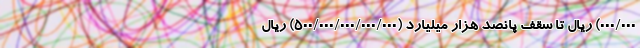
۰۰۰/۰۰۰) ریال تا سقف پانصد هزار میلیارد (۵۰۰/۰۰۰/۰۰۰/۰۰۰/۰۰۰) ریال